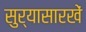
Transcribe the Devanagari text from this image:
सुर्यासारखें